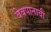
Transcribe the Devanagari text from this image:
वेबपानाची